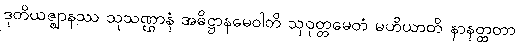
ဒုတိယဇ္ဈာနဿ သုသဏ္ဌာနံ အဓိဋ္ဌာနမေဝါတိ သုဝုတ္တမေတံ မဟိယာတိ နာနတ္ထတာ